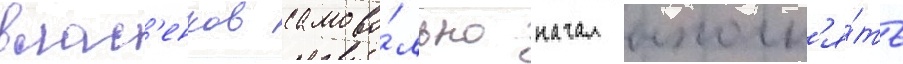
влас'енков самово́льно начал выполн'я́ть